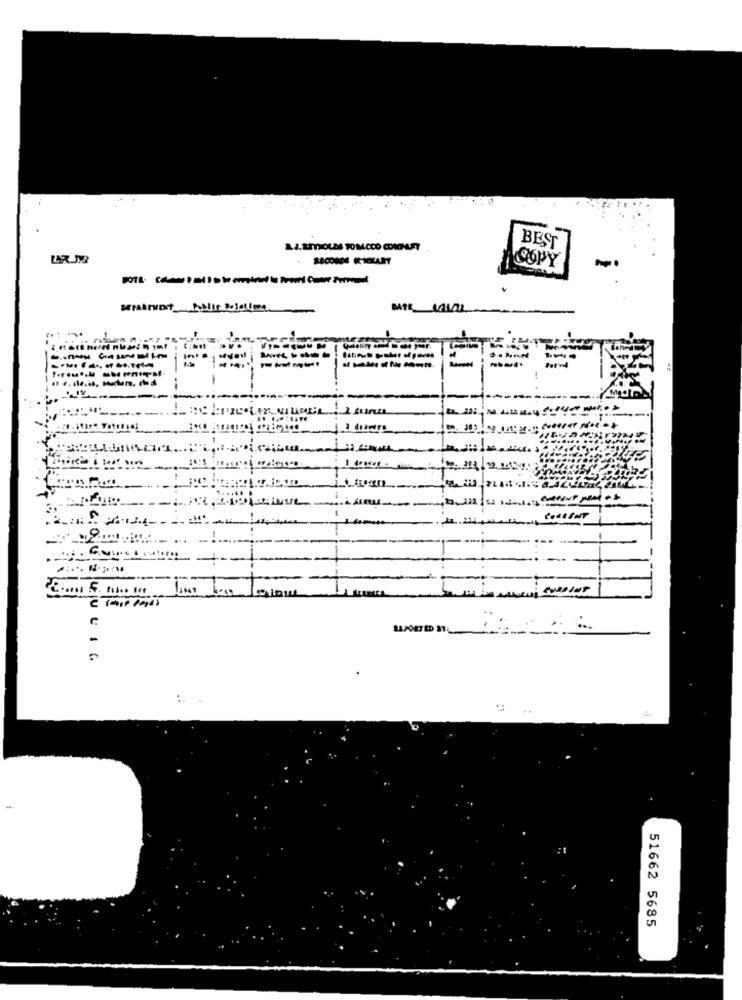
2.4.&mTOLES TOMACCO COICHLET
BEST
LAR MY
COPY
-------
COLLENT
C.
ULIG
51662 5685